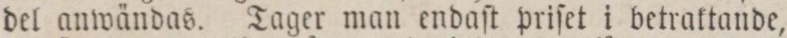
del anwändas. Tager man endaſt priſet i betraktande,